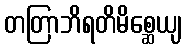
တတြာဘိရတိမိစ္ဆေယျ